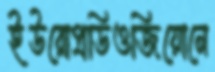
ইউরোপ্রডিওজিয়োনে